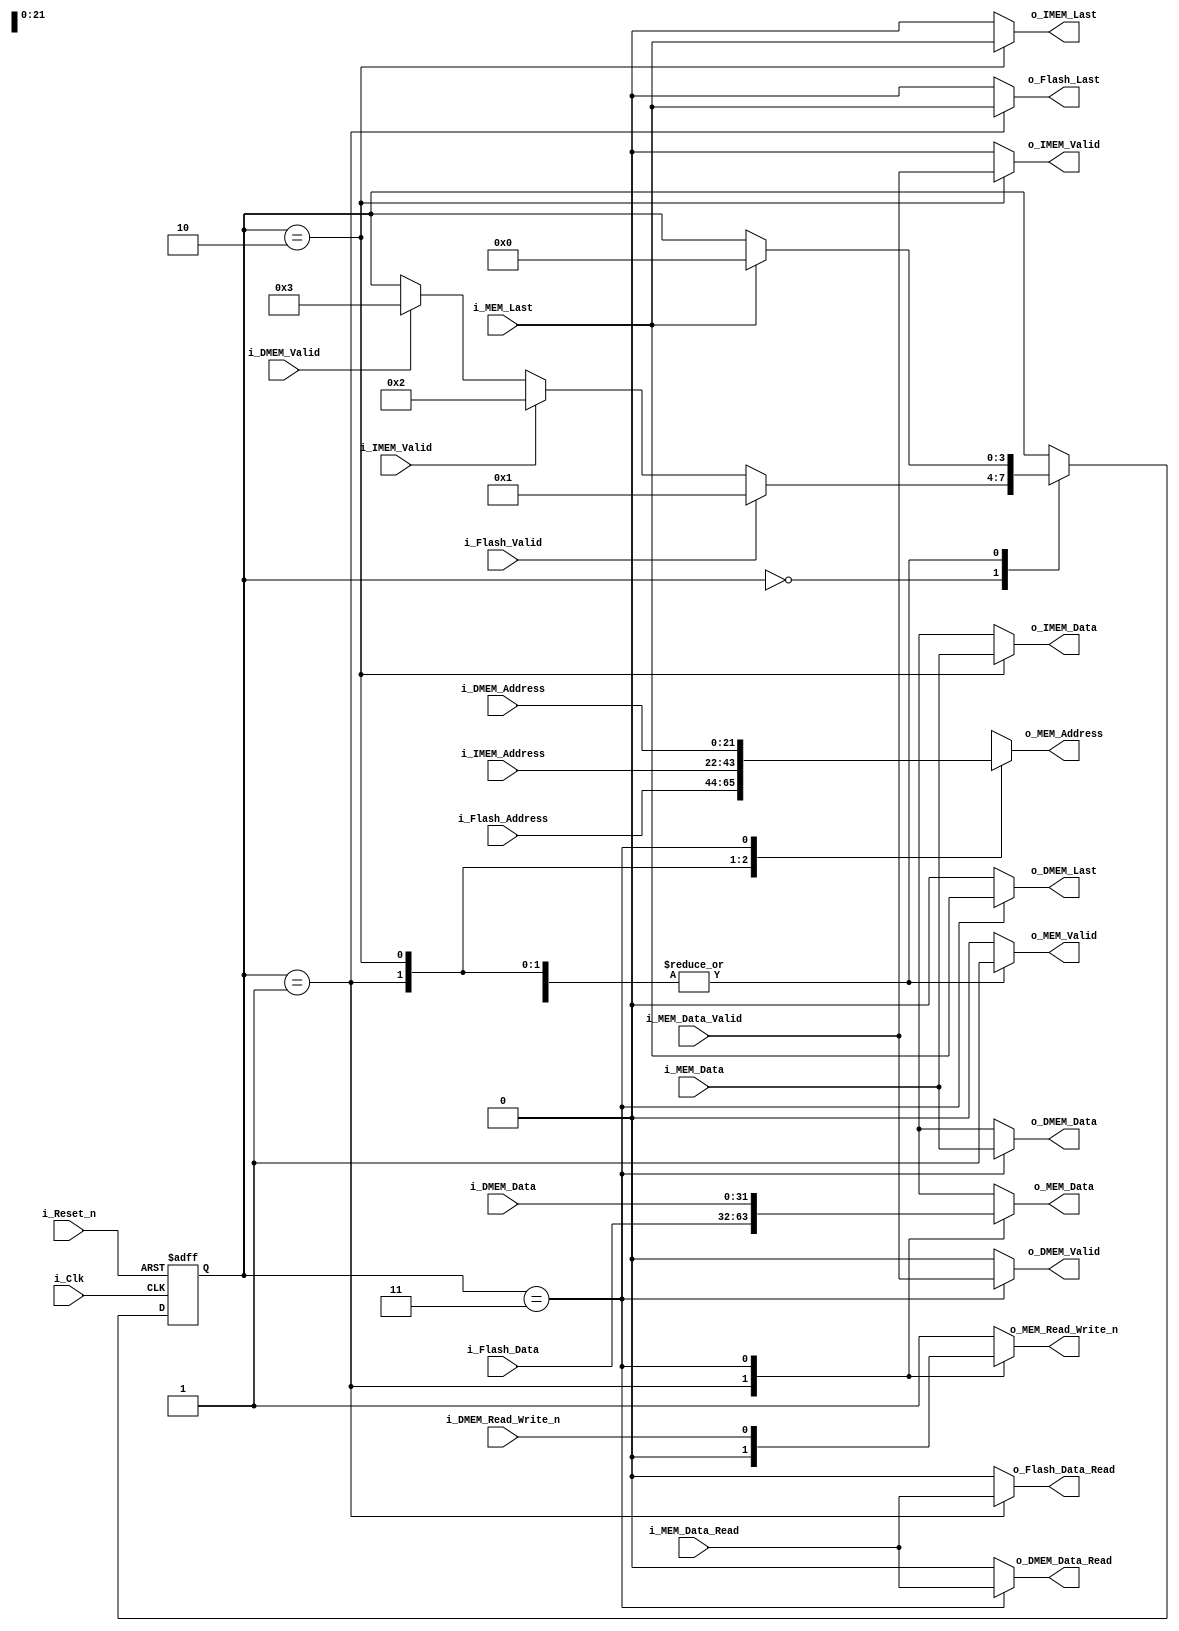
module memory_arbiter	#(	parameter DATA_WIDTH=32,
							parameter ADDRESS_WIDTH=22
						)
						(
							// General
							input i_Clk,
							input i_Reset_n,
							
							// Requests to/from IMEM - Assume we always read
							input i_IMEM_Valid,						// If IMEM request is valid
							input [ADDRESS_WIDTH-1:0] i_IMEM_Address,		// IMEM request addr.
							output reg o_IMEM_Valid,
							output reg o_IMEM_Last,
							output reg [DATA_WIDTH-1:0] o_IMEM_Data,
							
							// Requests to/from DMEM
							input i_DMEM_Valid,
							input i_DMEM_Read_Write_n,
							input [ADDRESS_WIDTH-1:0] i_DMEM_Address,
							input [DATA_WIDTH-1:0] i_DMEM_Data,
							output reg o_DMEM_Valid,
							output reg o_DMEM_Data_Read,
							output reg o_DMEM_Last,
							output reg [DATA_WIDTH-1:0] o_DMEM_Data,
							
							// Requests to/from FLASH - Assume we always write
							input i_Flash_Valid,
							input [DATA_WIDTH-1:0] i_Flash_Data,
							input [ADDRESS_WIDTH-1:0] i_Flash_Address,
							output reg o_Flash_Data_Read,
							output reg o_Flash_Last,
							
							// Interface with SDRAM Controller
							output reg o_MEM_Valid,
							output reg [ADDRESS_WIDTH-1:0] o_MEM_Address,
							output reg o_MEM_Read_Write_n,
							
								// Write data interface
							output reg [DATA_WIDTH-1:0] o_MEM_Data,
							input i_MEM_Data_Read,
							
								// Read data interface
							input [DATA_WIDTH-1:0] i_MEM_Data,
							input i_MEM_Data_Valid,
							
							input i_MEM_Last				// If we're on the last piece of the transaction
						);
	
	// Consts
	localparam TRUE = 1'b1;
	localparam FALSE = 1'b0;
	localparam READ = 1'b1;
	localparam WRITE = 1'b0;	
	
	// State of the arbiter
	localparam STATE_READY = 4'd0;
	localparam STATE_SERVICING_FLASH = 4'd1;
	localparam STATE_SERVICING_IMEM = 4'd2;
	localparam STATE_SERVICING_DMEM = 4'd3;
	localparam STATE_SERVICING_VGA = 4'd4;
	
	reg [3:0] State;

	always @(*)
	begin
		o_IMEM_Valid <= FALSE;
		o_IMEM_Last <= FALSE;
		o_IMEM_Data <= {32{1'bx}};
		o_DMEM_Valid <= FALSE;
		o_DMEM_Data_Read <= FALSE;
		o_DMEM_Last <= FALSE;
		o_DMEM_Data <= {32{1'bx}};
		o_Flash_Data_Read <= FALSE;
		o_Flash_Last <= FALSE;
		o_MEM_Valid <= FALSE;
		o_MEM_Address <= {ADDRESS_WIDTH{1'bx}};
		o_MEM_Read_Write_n <= READ;
		o_MEM_Data <= {32{1'bx}};

		case(State)
			//=======================
			// Accept State
			STATE_READY:
			begin
			end
			
			//=======================
			// Services States
			STATE_SERVICING_FLASH:
			begin
				// Servicing flash: Bridge flash I/O
				o_MEM_Valid <= TRUE;
				o_MEM_Address <= i_Flash_Address;
				o_MEM_Read_Write_n <= WRITE;
				o_MEM_Data <= i_Flash_Data;
				o_Flash_Data_Read <= i_MEM_Data_Read;
				o_Flash_Last <= i_MEM_Last;
			end
			
			STATE_SERVICING_IMEM:
			begin
				o_MEM_Valid <= TRUE;
				o_MEM_Address <= i_IMEM_Address;
				o_MEM_Read_Write_n <= READ;
				o_IMEM_Valid <= i_MEM_Data_Valid;
				o_IMEM_Last <= i_MEM_Last;
				o_IMEM_Data <= i_MEM_Data;			
			end
			
			STATE_SERVICING_DMEM:
			begin
				o_MEM_Valid <= TRUE;
				o_MEM_Address <= i_DMEM_Address;
				o_MEM_Read_Write_n <= i_DMEM_Read_Write_n;
				o_MEM_Data <= i_DMEM_Data;
				o_DMEM_Valid <= i_MEM_Data_Valid;
				o_DMEM_Data_Read <= i_MEM_Data_Read;
				o_DMEM_Last <= i_MEM_Last;
				o_DMEM_Data <= i_MEM_Data;
			end
		endcase
	end
	
	// State driver
	always @(posedge i_Clk or negedge i_Reset_n)
	begin
		if( !i_Reset_n )
		begin
			// Defaults			
			State <= STATE_READY;	
		end
		else
		begin
			case(State)
				//=======================
				// Accept State
				STATE_READY:
				begin
					if( i_Flash_Valid )
					begin
						State <= STATE_SERVICING_FLASH;
					end
					else if( i_IMEM_Valid )
					begin
						State <= STATE_SERVICING_IMEM;
					end
					else if( i_DMEM_Valid )
					begin
						State <= STATE_SERVICING_DMEM;
					end
				end
				
				//=======================
				// Services States
				STATE_SERVICING_FLASH:
				begin
					// See if we're done transacting
					if( i_MEM_Last )
						State <= STATE_READY;				
				end
				
				STATE_SERVICING_IMEM:
				begin
					// See if we're done transacting
					if( i_MEM_Last )
						State <= STATE_READY;				
				end
				
				STATE_SERVICING_DMEM:
				begin
					// See if we're done transacting
					if( i_MEM_Last )
						State <= STATE_READY;
				end
				
				// Remain in current state by default
				default:
				begin
				end
			endcase
		end	
	end
		
endmodule